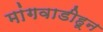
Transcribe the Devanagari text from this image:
मांगवाडीहून